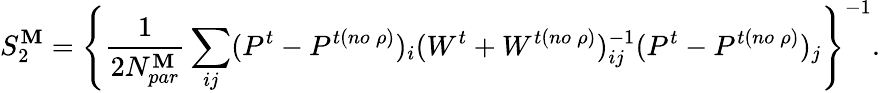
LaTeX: S_{2}^{\mathbf{M}}=\left\{ {\frac{{1}}{{2N_{par}^{\mathbf{M}}}}}\sum_{ij}(P^{t}-P^{t(no\: \rho)})_{i}(W^{t}+W^{t(no\: \rho)})_{ij}^{-1}(P^{t}-P^{t(no\: \rho)})_{j}\right\} ^{-1}.